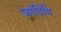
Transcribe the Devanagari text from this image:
जातिभि